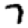
Digit: 7